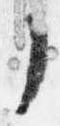
了